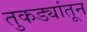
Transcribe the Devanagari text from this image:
तुकड्यांतून